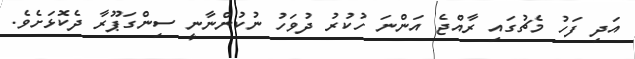
އަދި ފަހު މެޗުގައި ރާއްޖެ އަންނަ ހުކުރު ދުވަހު ނުކުންނާނީ ސިންގަޕޫރާ ދެކޮޅަށެވެ.